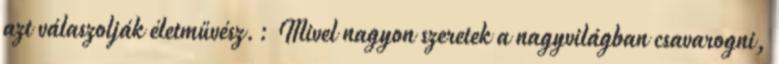
azt válaszolják életművész.: Mivel nagyon szeretek a nagyvilágban csavarogni,